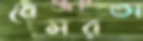
বেমরতা